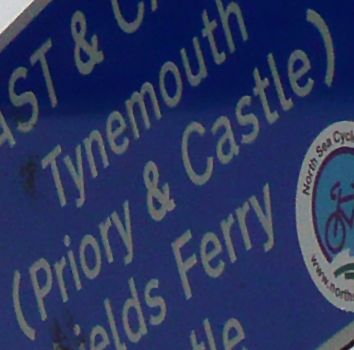
(Priory & Castle)